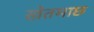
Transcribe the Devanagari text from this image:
खेतमाछ